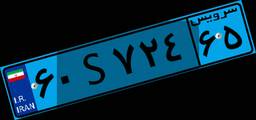
۳۹S۰۲۲۹۵